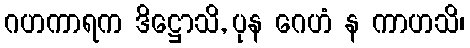
ဂဟကာရက ဒိဋ္ဌောသိ, ပုန ဂေဟံ န ကာဟသိ၊